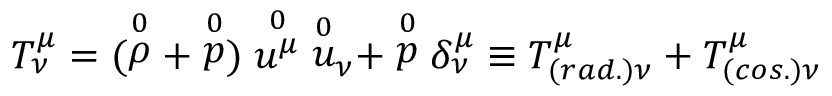
T _ { \nu } ^ { \mu } = ( \stackrel { 0 } { \rho } + \stackrel { 0 } { p } ) \stackrel { 0 } { { u } ^ { \mu } } { \stackrel { 0 } { u } } _ { \nu } + \stackrel { 0 } { p } \delta _ { \nu } ^ { \mu } \equiv T _ { ( r a d . ) \nu } ^ { \mu } + T _ { ( c o s . ) \nu } ^ { \mu }